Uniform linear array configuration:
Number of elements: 24
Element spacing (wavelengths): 0.5
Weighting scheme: kaiser
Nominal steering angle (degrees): -60
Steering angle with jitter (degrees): -60.407
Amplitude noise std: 0.05
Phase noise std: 0.05

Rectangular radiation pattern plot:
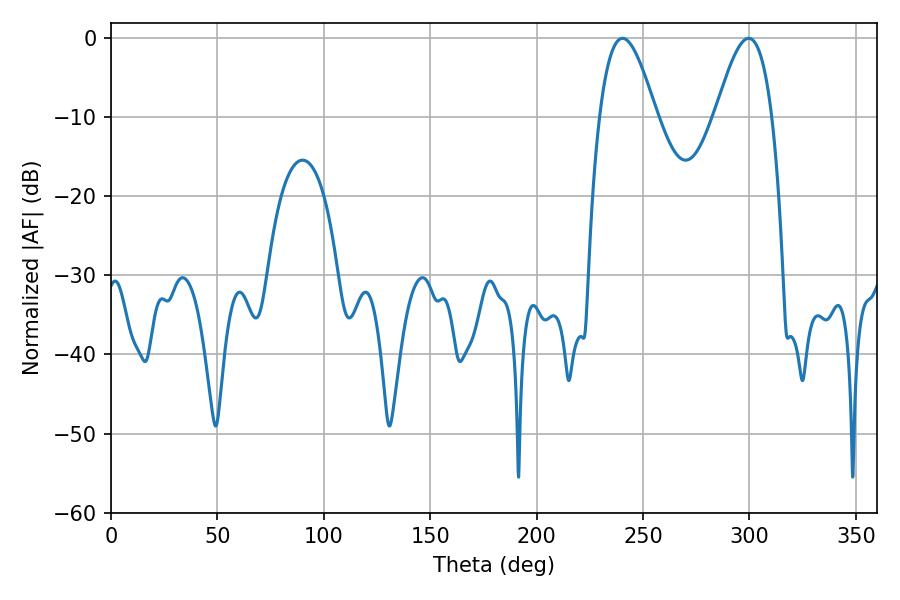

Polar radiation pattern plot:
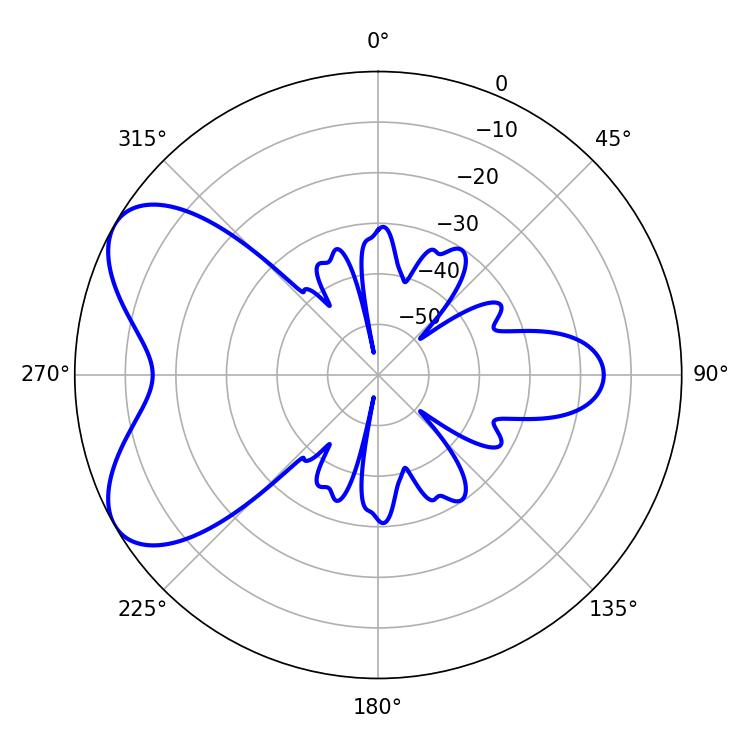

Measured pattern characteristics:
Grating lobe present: FALSE
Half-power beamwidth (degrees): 14.4
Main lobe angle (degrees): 240.3